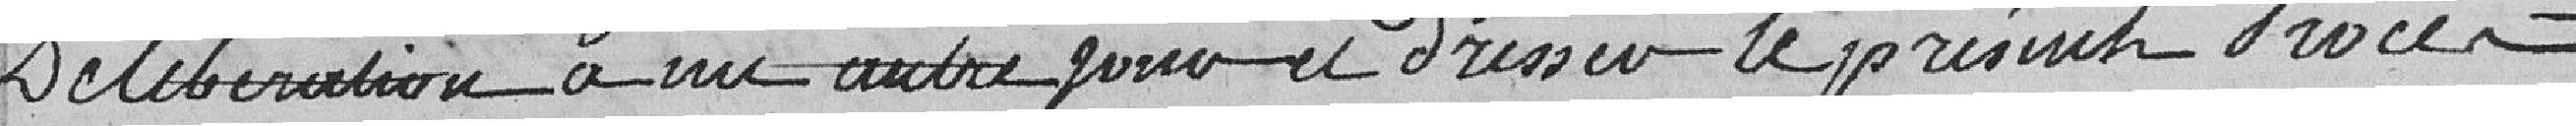
délibération à un autre jour et dresser le présent procès-